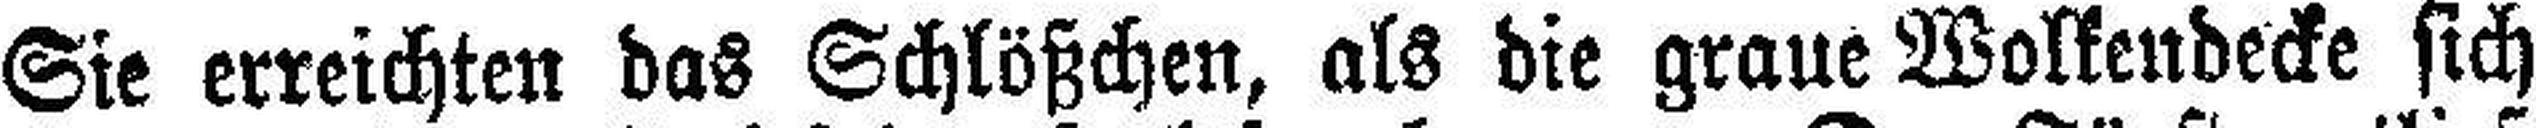
Sie erreichten das Schlößchen, als die graue Wolkendecke sich